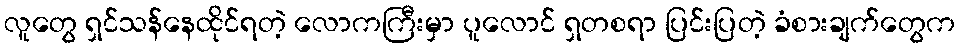
လူတွေ ရှင်သန်နေထိုင်ရတဲ့ လောကကြီးမှာ ပူလောင် ရှတစရာ ပြင်းပြတဲ့ ခံစားချက်တွေက